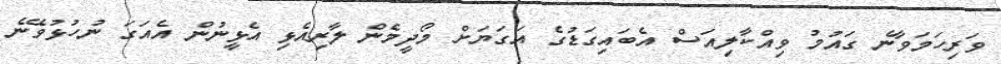
ވަރިހަމަވާނެ ގައުމު ވިއްކާލިއަސް އެބައިގަޑުގެ އަގަޔަށް މޯދީމެން ލާރިއެޅި އެޅީނުން އެއަގަ ނުހުޅުވޭނެ